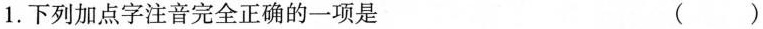
1. 下列加点字注音完全正确的一项是 ( )